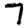
Digit: 7